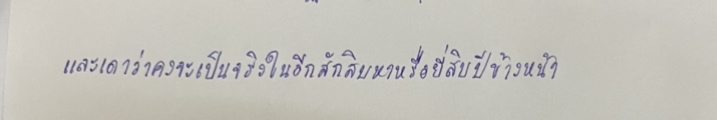
และเดาว่าคงจะเป็นจริงในอีกสักสิบห้าหรือยี่สิบปีข้างหน้า